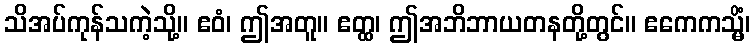
သိအပ်ကုန်သကဲ့သို့။ ဧဝံ၊ ဤအတူ။ ဧတ္ထ၊ ဤအဘိဘာယတနတို့တွင်။ ဧကေကသ္မိံ၊